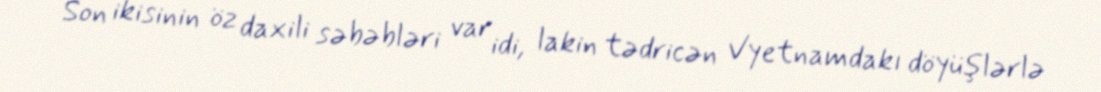
Son ikisinin öz daxili səbəbləri var idi, lakin tədricən Vyetnamdakı döyüşlərlə